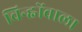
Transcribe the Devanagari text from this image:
चिन्ह्नोंवाला